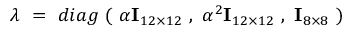
\lambda \ = \ d i a g \ ( \ \alpha { \bf I } _ { 1 2 \times 1 2 } \ , \ \alpha ^ { 2 } { \bf I } _ { 1 2 \times 1 2 } \ , \ { \bf I } _ { 8 \times 8 } \ )